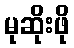
မုဆိုးဖို